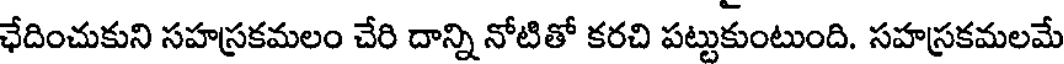
ఛేదించుకుని సహస్రకమలం చేరి దాన్ని నోటితో కరచి పట్టుకుంటుంది. సహస్రకమలమే